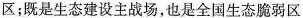
区；既是生态建设主战场，也是全国生态脆弱区